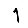
Digit: 1